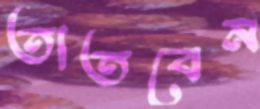
তাতবেন